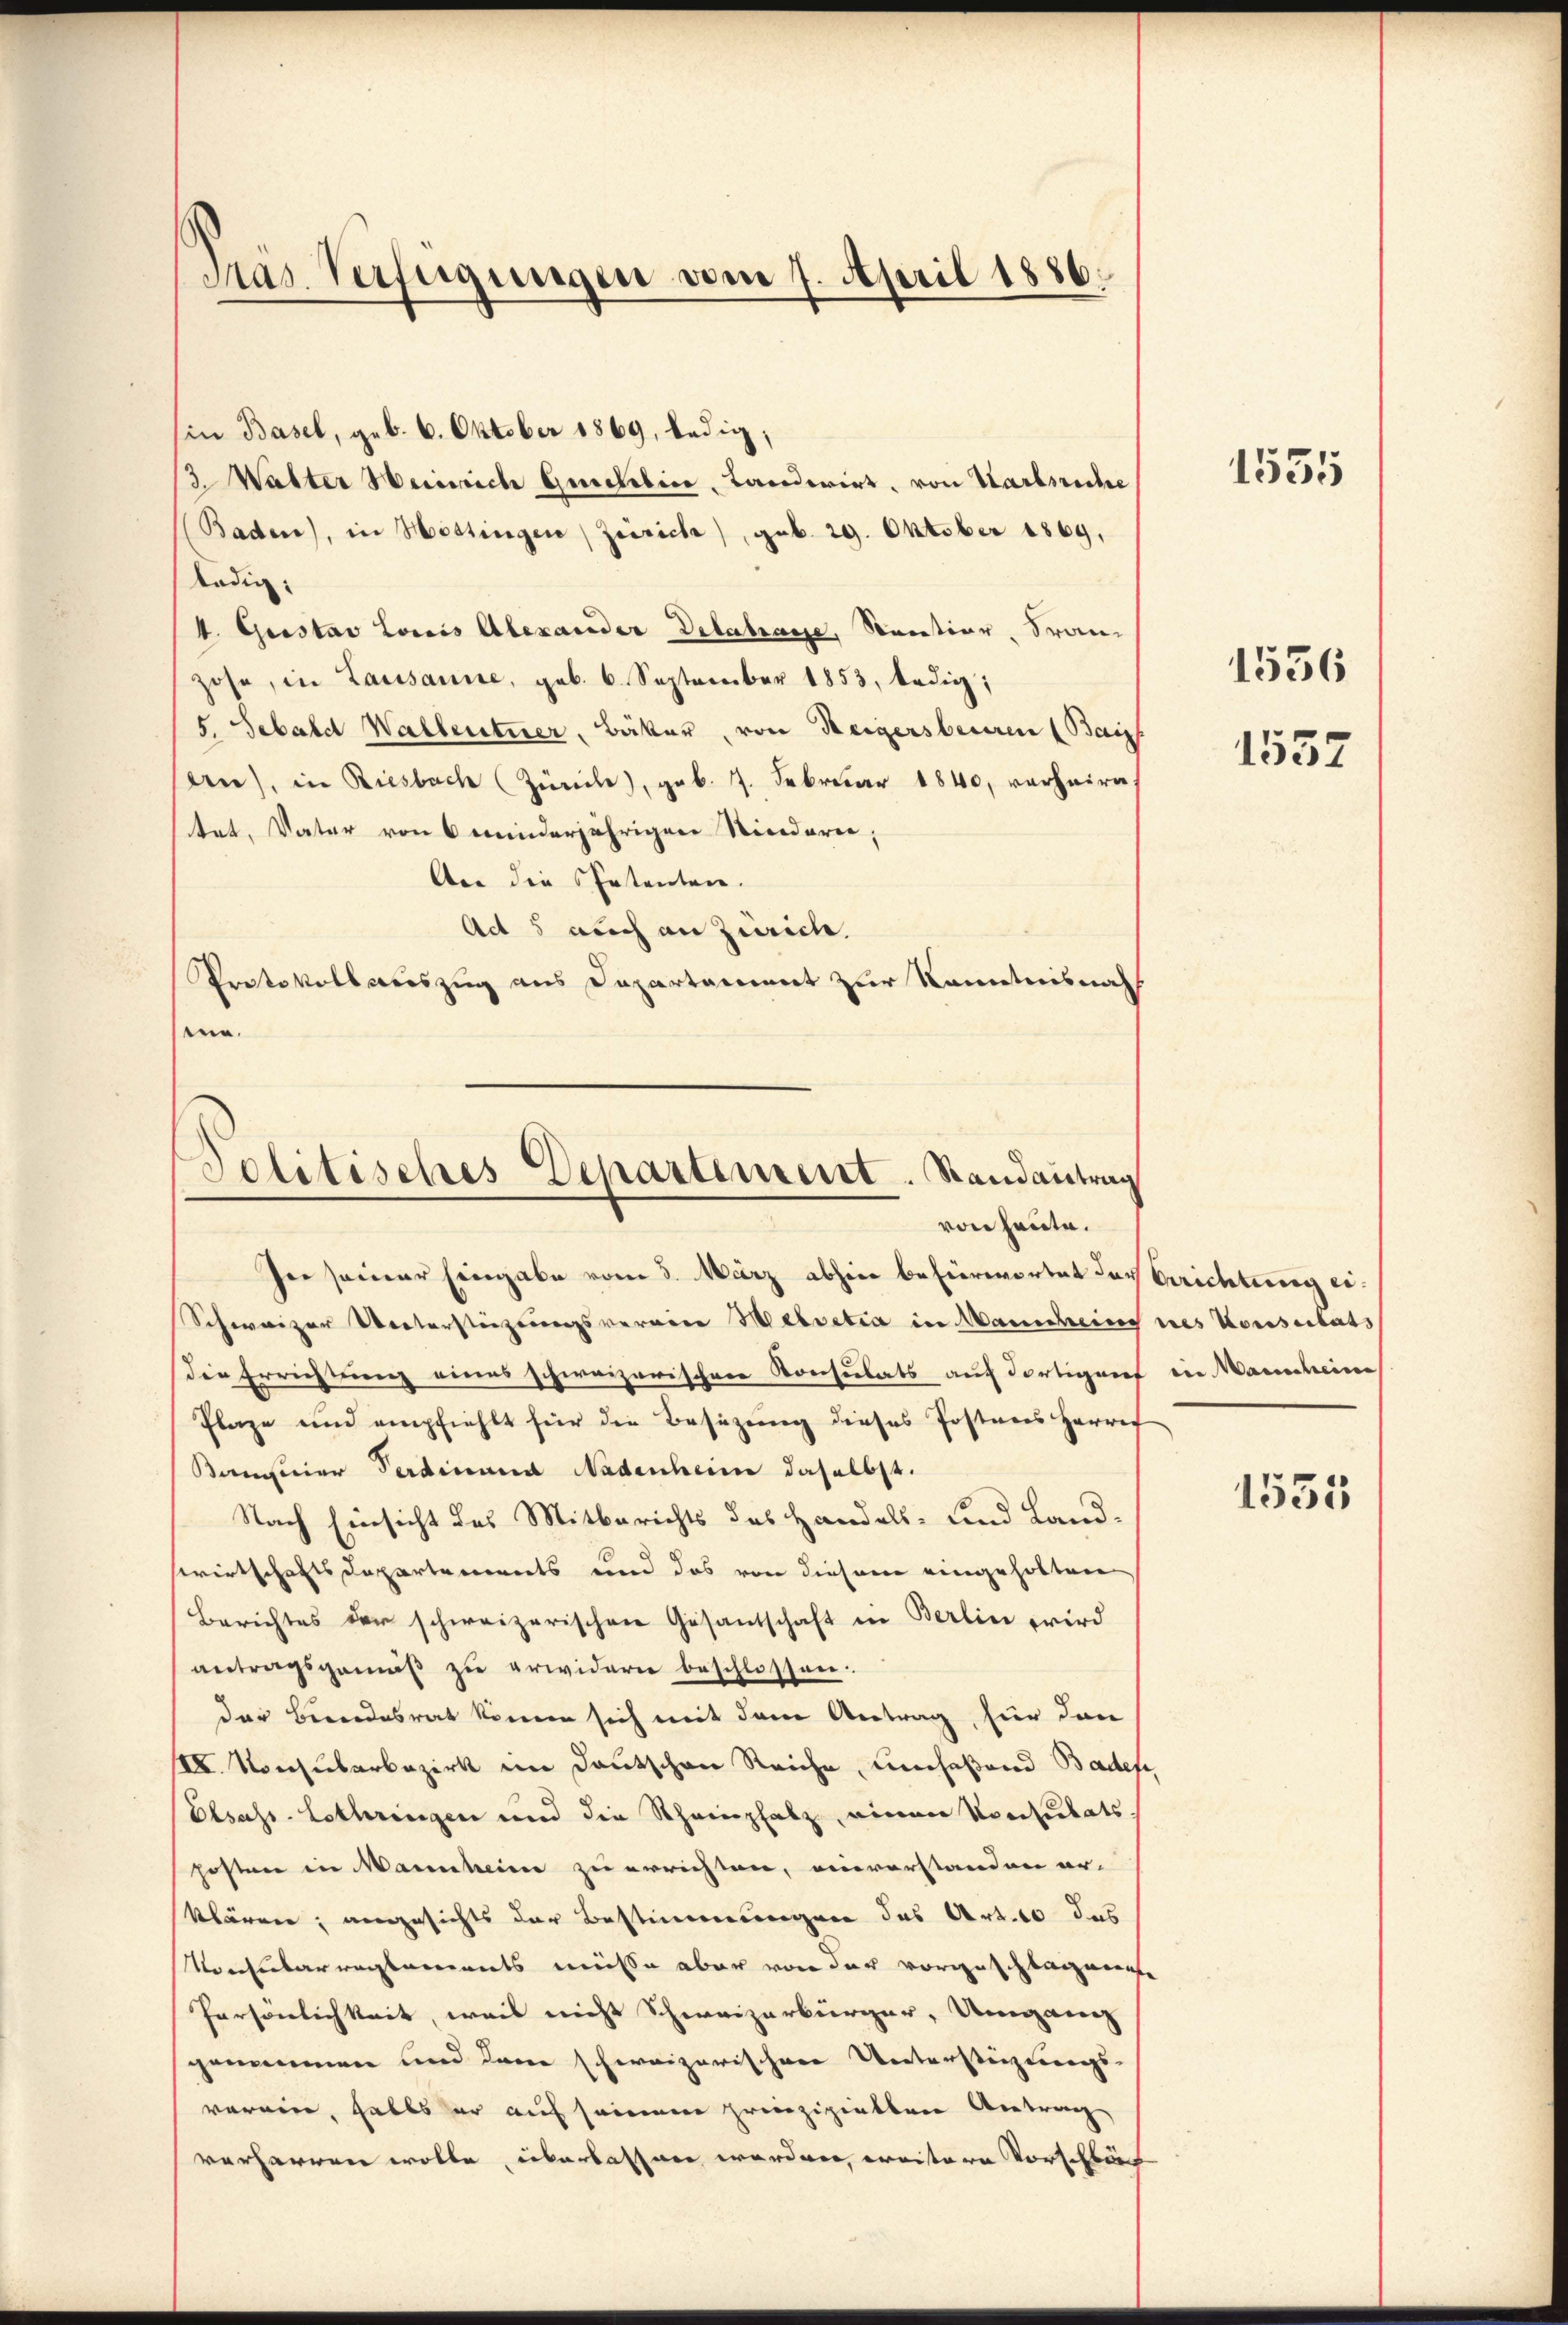
Präs. Verfügungen vom 7. April 1886.

(in Basel, geb. 6. Oktober 1869, ledig,
/3. Walter Weinriche Quecklice, Landerirt, von Karbreche
Baden), in Messingen Zürich), geb. 29. Oktober 1869,
Radig
4. Gustav Loris Alexander Delabasse, Santier, Franz
zose, in Lausanne, geb. 6. September 1853, ledig;
5. Sebald Wallentner, Bäker, von eigersberiren (Baips
en), in Riesbach (Zürche), geb. 7. Februar 1840, verheiratet, Vater von 6 minderjährigen Niedern,
Aer die Patenten.
Act 5 auch an Zürich.
Protokollauszug aus Departament zur Kenntnisnah
enn.

Politisches Departement. Randantrag
von heute.

Iee seiner Eingabe vom 3. März abhin befürwortet das Berichtung ei¬
Schweizer Vertersteigungsvereine Helvetia in Manscheine nes Konseiberts
die Errichtung eines schweizerischen Konsulats auf dortigenf ein Marscheine
Plaze und empfiehlt für die Besizung dieses Postners Herrec
Bameier Verdinand Nadenheim daselbst.
Nach Einsicht des Mitberichts des Handels- und Land¬
Ciwirtschafts Departements und das von diesem eingeholten
Berichtes der schweizerischen Gesantschaft in Berlin wird
antragsgemäß zu erwidern beschlossen.
der Beendesrat können sich mit dem Antrag, für dann
III. Vorzuberbezirk im Deutschen Reiche, umfaßend Baden,
Elsass-Lothringen und die Scheinplatz, einen Vorsiebets.
fosten in Mannheime zu errichten, einvorstanden erklären; angesichts der Bestimmungen des Art. 10 das
Mocularreglements müsse aber von der vorgeschlagner
Persönlichkeit, weil nicht Schweizerbürger, Umgang
sgenommen und dem schweizerischen Unterstützungs-
vorein, falls er auf seinen prinzipielten Antrage
verharren wolle, überlassen werden, weitere Vorschläf

1535

1556

1557

1535